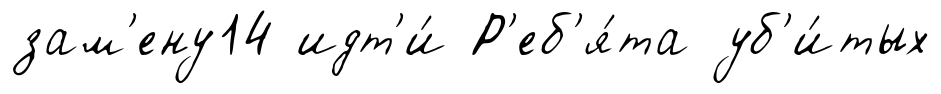
зам'ену14 идт'и́ Р'еб'я́та уб'и́тых